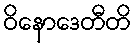
ဝိနောဒေတီတိ